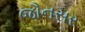
જૌનસર